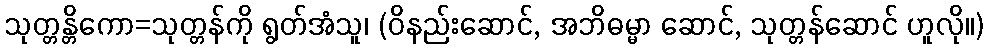
သုတ္တန္တိကော=သုတ္တန်ကို ရွတ်အံသူ၊ (ဝိနည်းဆောင်, အဘိဓမ္မာ ဆောင်, သုတ္တန်ဆောင် ဟူလို။)